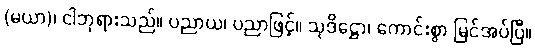
(မယာ)၊ ငါဘုရားသည်။ ပညာယ၊ ပညာဖြင့်။ သုဒိဋ္ဌော၊ ကောင်းစွာ မြင်အပ်ပြီ။